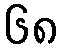
၆၈